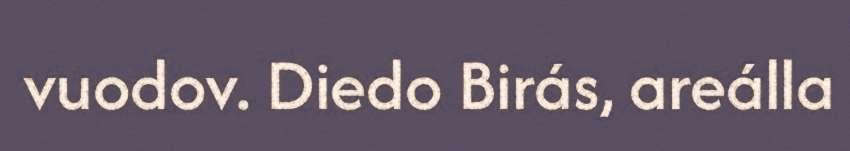
vuodov. Diedo Birás, areálla